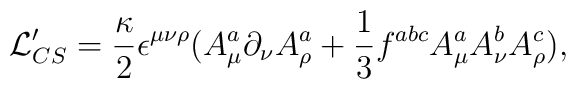
{\cal L}_{CS}' = \frac{\kappa}{2}\epsilon^{\mu\nu\rho}(A_\mu^a\partial_\nu A_\rho^a +\frac{1}{3}f^{abc}A^a_\mu A^b_\nu A^c_\rho ),